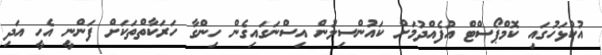
އުކުޅަހުގައި ކޮމްޕޯސްޓް އުފެއްދުމަށް ކައުންސިލުން އިސްނަގައިގެން ހިންގާ ހަރަކާތްތަކަށް ފަންނީ އެހީ އަދި